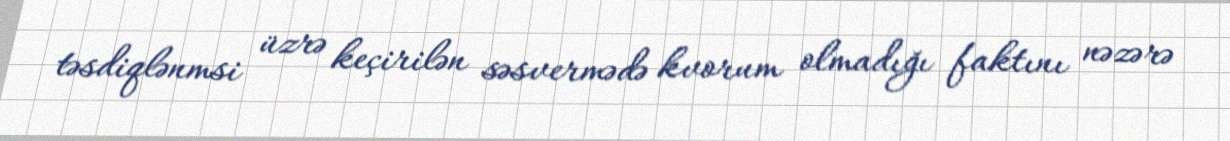
təsdiqlənmsi üzrə keçirilən səsvermədə kvorum olmadığı faktını nəzərə